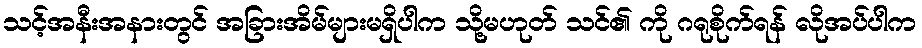
သင့်အနီးအနားတွင် အခြားအိမ်များမရှိပါက သို့မဟုတ် သင်၏ ကို ဂရုစိုက်ရန် လိုအပ်ပါက